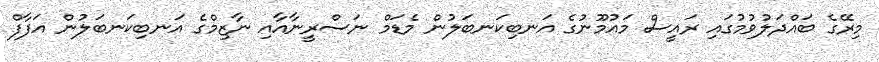
މިރޭގެ ބައްދަލުވުމުގައި ރައީސް މައުމޫނުގެ އަނބިކަނބަލުން މެޑަމް ނަސްރީނާއާއި ނާޒިމްގެ އަނބިކަނބަލުން އަފާފް